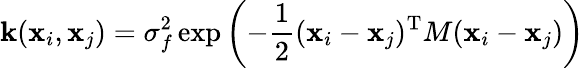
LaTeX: \mathbf{k}(\textbf{{x}}_{i},\textbf{{x}}_{j})=\sigma_{f}^{2}\exp\left(-\frac{{1}}{{2}}(\textbf{{x}}_{i}-\textbf{{x}}_{j})^{\textrm{{T}}}M(\textbf{{x}}_{i}-\textbf{{x}}_{j})\right)